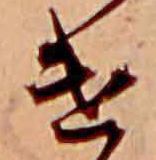
け